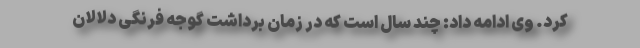
کرد. وی ادامه داد: چند سال است که در زمان برداشت گوجه فرنگی دلالان